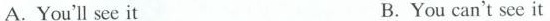
A.You'll see it B.You can't see it